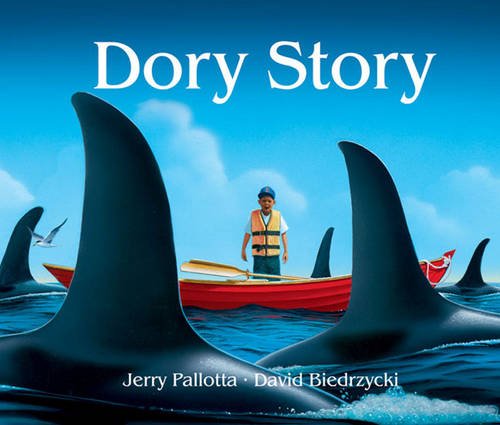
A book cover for Dory Story (Avenues); Jerry Pallotta; Children's Books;